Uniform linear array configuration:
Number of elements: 64
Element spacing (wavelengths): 0.5
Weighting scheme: binomial
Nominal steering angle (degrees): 0
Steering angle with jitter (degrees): -1.645
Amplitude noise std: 0.05
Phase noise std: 0.05

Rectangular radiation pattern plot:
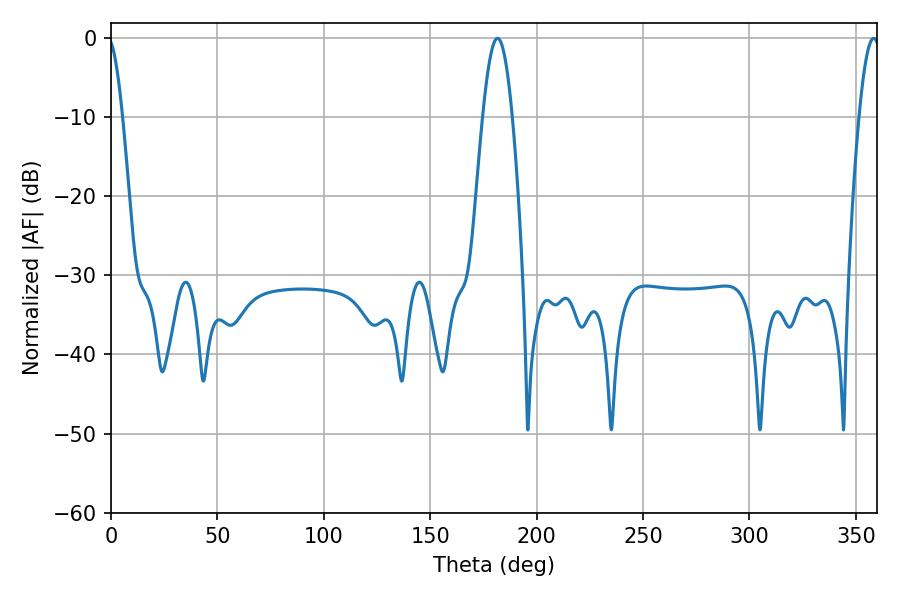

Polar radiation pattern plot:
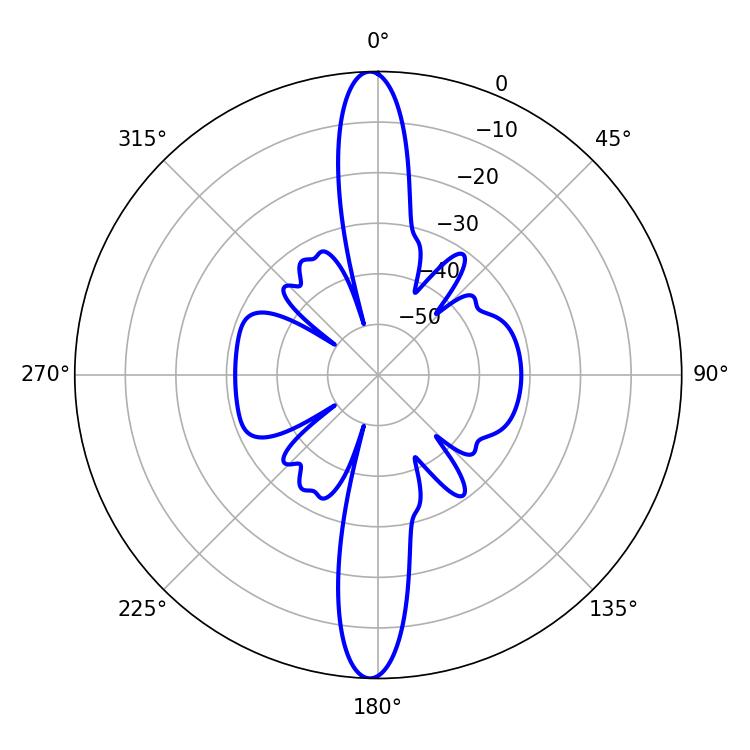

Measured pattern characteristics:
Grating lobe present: FALSE
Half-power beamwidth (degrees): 7.56
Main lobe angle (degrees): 181.62